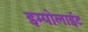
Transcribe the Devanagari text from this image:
इम्पोलाईट